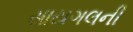
સાયગલની